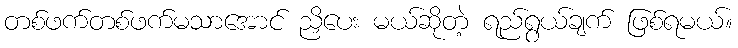
တစ်ဖက်တစ်ဖက်မသာအောင် ညှိပေး မယ်ဆိုတဲ့ ရည်ရွယ်ချက် ဖြစ်ရမယ်။